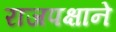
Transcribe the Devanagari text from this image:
राजपक्षाने